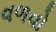
વળવો